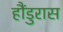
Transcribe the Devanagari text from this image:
हौंडुरास